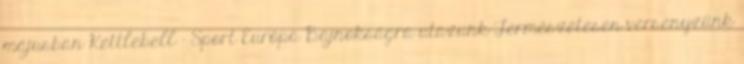
májusban Kettlebell - Sport Európa Bajnokságra utazunk Természetesen versenyzünk